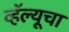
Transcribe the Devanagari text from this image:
व्हॅल्यूचा